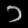
Digit: ၁